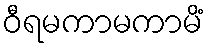
ဝီရမကာမကာမိံ